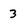
Character: 3